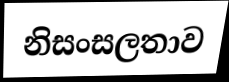
නිසංසලතාව